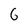
Character: 6